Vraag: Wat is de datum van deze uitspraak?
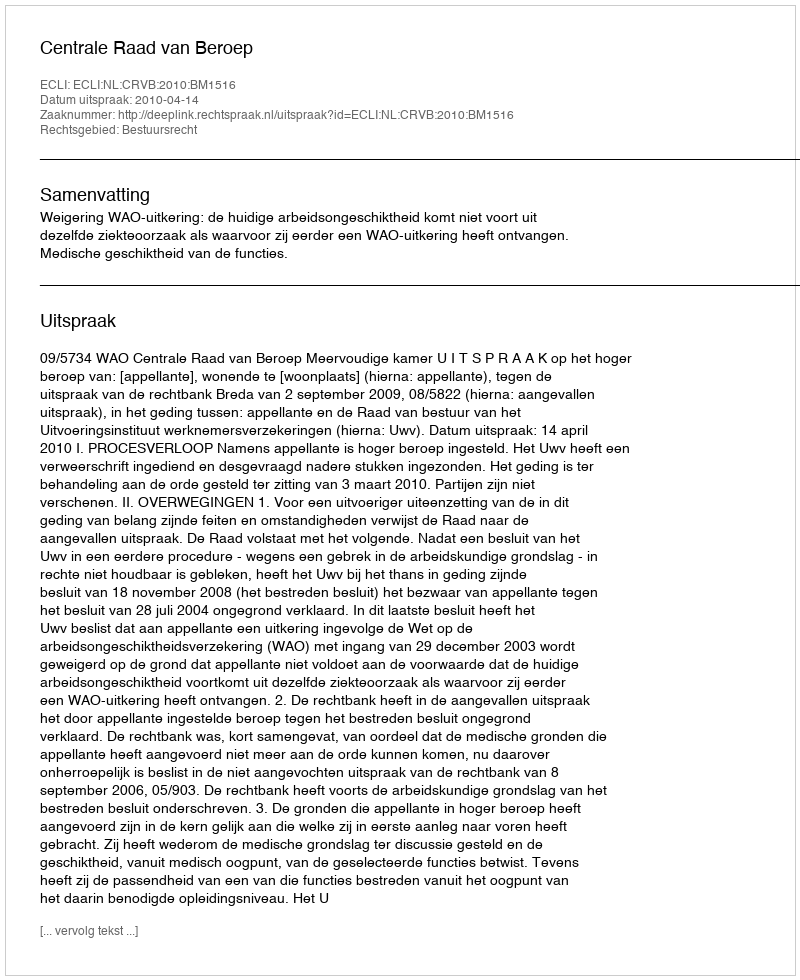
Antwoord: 2010-04-14